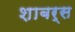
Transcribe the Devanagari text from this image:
शाबर्स